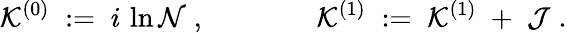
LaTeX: {\cal K}^{(0)}\; :=\; i\, \ln{\cal N}\; ,\; \; \; \; \; \; \; \; \; \; \; \; \; \; {\cal K}^{(1)}\; :=\; {\cal K}^{(1)}\; +\; {\cal J}\; .